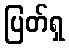
ပြတ်ရှ